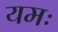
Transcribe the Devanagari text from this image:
यमः